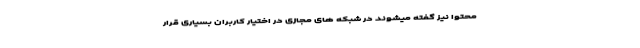
محتوا نیز گفته میشوند در شبکه های مجازی در اختیار کاربران بسیاری قرار